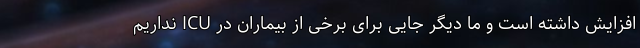
افزایش داشته است و ما دیگر جایی برای برخی از بیماران در ICU نداریم